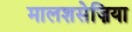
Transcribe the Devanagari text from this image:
मालशसेज़िया